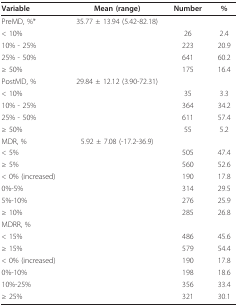
<table><thead><tr><td><b>Variable</b></td><td><b>Mean (range)</b></td><td><b>Number</b></td><td><b>%</b></td></tr></thead><tbody><tr><td>PreMD, %*</td><td>35.77 ± 13.94 (5.42-82.18)</td><td></td><td></td></tr><tr><td>&lt; 10%</td><td></td><td>26</td><td>2.4</td></tr><tr><td>10% - 25%</td><td></td><td>223</td><td>20.9</td></tr><tr><td>25% - 50%</td><td></td><td>641</td><td>60.2</td></tr><tr><td>≥ 50%</td><td></td><td>175</td><td>16.4</td></tr><tr><td>PostMD, %</td><td>29.84 ± 12.12 (3.90-72.31)</td><td></td><td></td></tr><tr><td>&lt; 10%</td><td></td><td>35</td><td>3.3</td></tr><tr><td>10% - 25%</td><td></td><td>364</td><td>34.2</td></tr><tr><td>25% - 50%</td><td></td><td>611</td><td>57.4</td></tr><tr><td>≥ 50%</td><td></td><td>55</td><td>5.2</td></tr><tr><td>MDR, %</td><td>5.92 ± 7.08 (-17.2-36.9)</td><td></td><td></td></tr><tr><td>&lt; 5%</td><td></td><td>505</td><td>47.4</td></tr><tr><td>≥ 5%</td><td></td><td>560</td><td>52.6</td></tr><tr><td>&lt; 0% (increased)</td><td></td><td>190</td><td>17.8</td></tr><tr><td>0%-5%</td><td></td><td>314</td><td>29.5</td></tr><tr><td>5%-10%</td><td></td><td>276</td><td>25.9</td></tr><tr><td>≥ 10%</td><td></td><td>285</td><td>26.8</td></tr><tr><td>MDRR, %</td><td></td><td></td><td></td></tr><tr><td>&lt; 15%</td><td></td><td>486</td><td>45.6</td></tr><tr><td>≥ 15%</td><td></td><td>579</td><td>54.4</td></tr><tr><td>&lt; 0% (increased)</td><td></td><td>190</td><td>17.8</td></tr><tr><td>0%-10%</td><td></td><td>198</td><td>18.6</td></tr><tr><td>10%-25%</td><td></td><td>356</td><td>33.4</td></tr><tr><td>≥ 25%</td><td></td><td>321</td><td>30.1</td></tr></tbody></table>